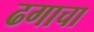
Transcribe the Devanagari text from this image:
ढगाचा